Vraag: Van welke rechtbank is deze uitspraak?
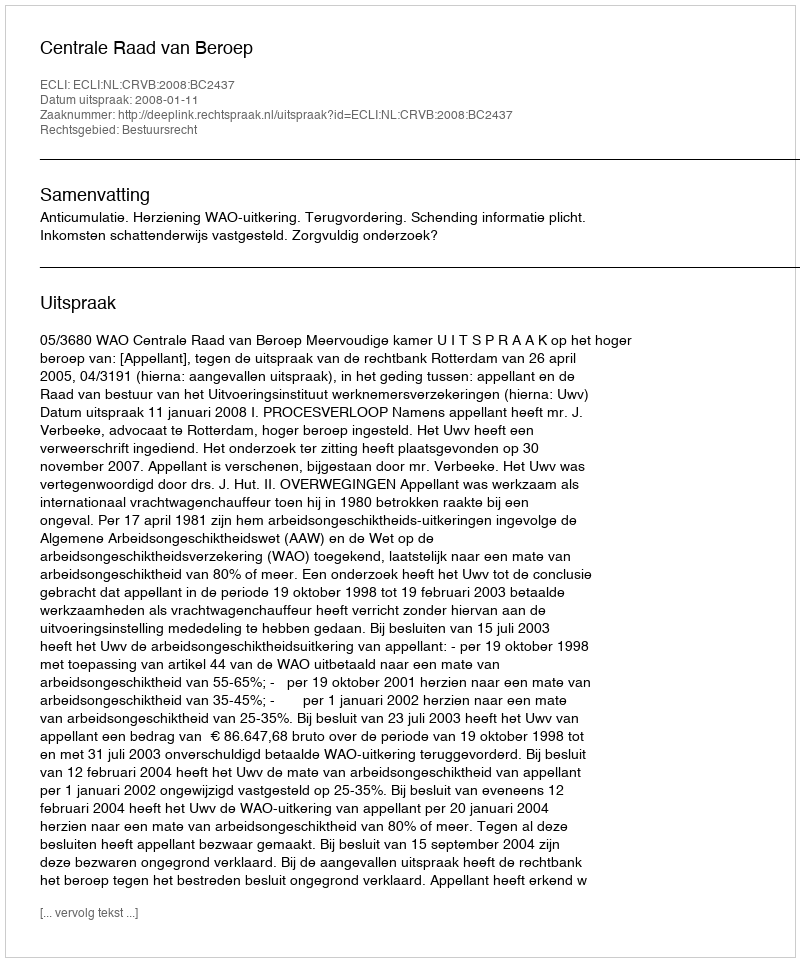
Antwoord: Centrale Raad van Beroep